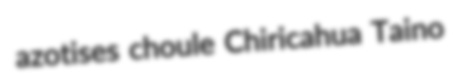
azotises choule Chiricahua Taino